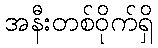
အနီးတစ်ဝိုက်ရှိ